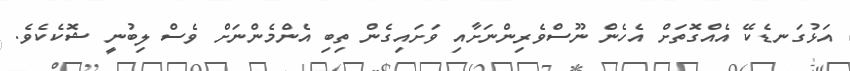
އަޅުގަނޑެކޭ އެއްގޮތަށް އެހެން ނޫސްވެރިންނަށާއި ވަށައިގެން ތިބި އެންމެންނަށް ވެސް ލިބުނީ ޝޮކެކެވެ.